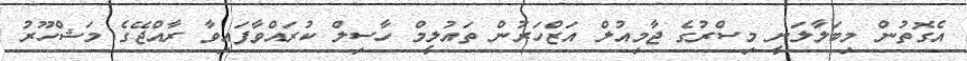
އެގޮތުން މިބަލާލަނީ މިސްރުގެ ޖާމިއުލް އަޒްހަރުން ތައުލީމް ހާސިލް ކުރައްވާފައިވާ ރާއްޖޭގެ މަޝްހޫރު